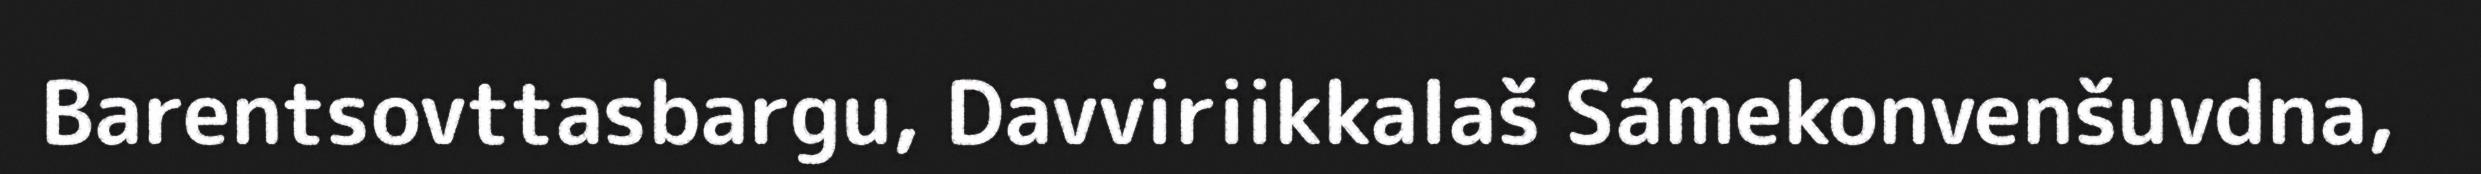
Barentsovttasbargu, Davviriikkalaš Sámekonvenšuvdna,